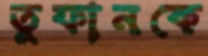
তুফানকে